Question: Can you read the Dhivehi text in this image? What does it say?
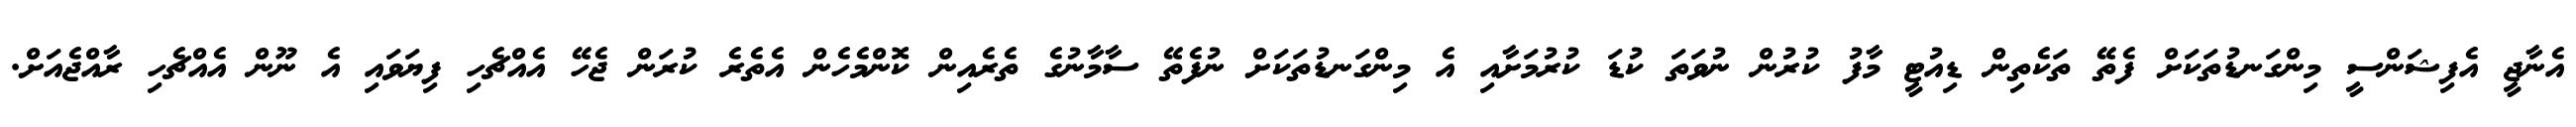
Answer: އެނާޖީ އެފިޝަންސީ މިންގަނޑުތަކަށް ފެތޭ ތަކެތިން ޑިއުޓީ މާފު ކުރުން ނުވަތަ ކުޑަ ކުރުމަށާއި އެ މިންގަނޑުތަކަށް ނުފެތޭ ސާމާނުގެ ތެރެއިން ކޮންމެހެން އެތެރެ ކުރަން ޖެހޭ އެއްޗެހި ފިޔަވައި އެ ނޫން އެއްޗެހި ރާއްޖެއަށް.